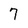
Character: 7